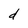
Character: d